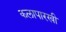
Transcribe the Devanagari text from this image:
कलापारखी